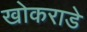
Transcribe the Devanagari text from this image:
खोकराडे